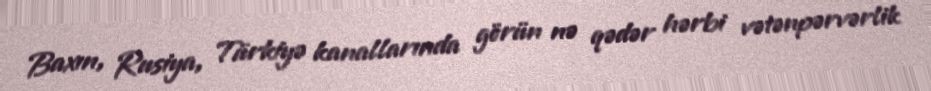
Baxın, Rusiya, Türkiyə kanallarında görün nə qədər hərbi vətənpərvərlik